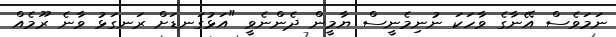
ނަމަވެސް އޭނާގެ ވާހަކަ ނުނިމެނީސް ޔާމީން ދެންނެވީ "އަޅުގަނޑަށް ރަނގަޅު ވާނެ ރޫމެއް